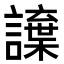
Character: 𮙂